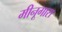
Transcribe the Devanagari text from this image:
मीनूगारा